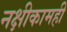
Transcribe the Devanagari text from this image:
नक्षीकामही